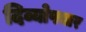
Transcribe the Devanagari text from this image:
दिव्योपचार